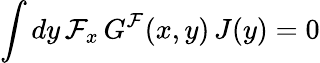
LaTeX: \int dy\, {\cal F}_{x}\, G^{\cal F}(x,y)\, J(y)=0